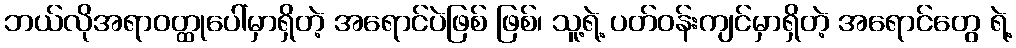
ဘယ်လိုအရာဝတ္ထုပေါ်မှာရှိတဲ့ အရောင်ပဲဖြစ် ဖြစ်၊ သူ့ရဲ့ ပတ်ဝန်းကျင်မှာရှိတဲ့ အရောင်တွေ ရဲ့